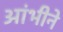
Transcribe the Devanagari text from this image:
आंभीने